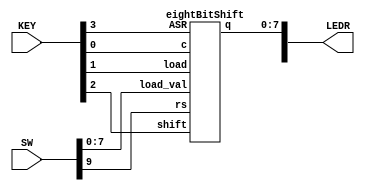
module Lab4Part3(LEDR, SW, KEY);
	input [9:0] SW;
	input [3:0] KEY;
	output [9:0] LEDR;
	
	eightBitShift eight(.q(LEDR[7:0]),
							  .load_val(SW[7:0]),
							  .ASR(KEY[3]),
							  .load(KEY[1]),
							  .shift(KEY[2]),
							  .c(KEY[0]),
							  .rs(SW[9])
							  );
endmodule

module eightBitShift(q, load_val, ASR, load, shift, c, rs);
	input [7:0] load_val;
	input ASR, load, shift, c, rs;
	output [7:0] q;
	wire wasr;
	
	mux2to1 whetherASR(.m(wasr), .x(1'b0), .y(q[7]), .s(ASR));
	
	shifter s7(.out(q[7]),
				  .LoadVal(load_val[7]),
				  .Load_n(load),
				  .ShiftRight(shift),
				  .in(wasr),
				  .clk(c),
				  .reset(rs)
				  );
				  
	shifter s6(.out(q[6]),
				  .LoadVal(load_val[6]),
				  .Load_n(load),
				  .ShiftRight(shift),
				  .in(q[7]),
				  .clk(c),
				  .reset(rs)
				  );
				  
	shifter s5(.out(q[5]),
				  .LoadVal(load_val[5]),
				  .Load_n(load),
				  .ShiftRight(shift),
				  .in(q[6]),
				  .clk(c),
				  .reset(rs)
				  );
				  
	shifter s4(.out(q[4]),
				  .LoadVal(load_val[4]),
				  .Load_n(load),
				  .ShiftRight(shift),
				  .in(q[5]),
				  .clk(c),
				  .reset(rs)
				  );
				  
	shifter s3(.out(q[3]),
				  .LoadVal(load_val[3]),
				  .Load_n(load),
				  .ShiftRight(shift),
				  .in(q[4]),
				  .clk(c),
				  .reset(rs)
				  );
				  
	shifter s2(.out(q[2]),
				  .LoadVal(load_val[2]),
				  .Load_n(load),
				  .ShiftRight(shift),
				  .in(q[3]),
				  .clk(c),
				  .reset(rs)
				  );
				  
	shifter s1(.out(q[1]),
				  .LoadVal(load_val[1]),
				  .Load_n(load),
				  .ShiftRight(shift),
				  .in(q[2]),
				  .clk(c),
				  .reset(rs)
				  );
				  
	shifter s0(.out(q[0]),
				  .LoadVal(load_val[0]),
				  .Load_n(load),
				  .ShiftRight(shift),
				  .in(q[1]),
				  .clk(c),
				  .reset(rs)
				  );
				  
endmodule

module shifter(out, LoadVal, Load_n, ShiftRight, in, clk, reset);
	input LoadVal, Load_n, ShiftRight, in, clk, reset;
	output out;
	
	wire wout1, wout2;
	mux2to1 shiftToRight(.m(wout1), .x(out), .y(in), .s(ShiftRight));
	mux2to1 loadn(.m(wout2), .x(LoadVal), .y(wout1), .s(Load_n));
	flip_flop fliflo(.q(out), .clock(clk), .d(wout2), .reset_n(reset));
endmodule

module mux2to1(m, x, y, s);
	input x; //selected when s is 0
   input y; //selected when s is 1
   input s; //select signal
   output m; //output
  
   assign m = s & y | ~s & x;
   // OR
   // assign m = s ? y : x;
endmodule

module flip_flop(q, clock, d, reset_n);
	input clock, d, reset_n;
	output q;
	reg q;
	
	always @(posedge clock)

	begin
		if (reset_n == 1'b0)
			q <= 8'b0000_0000;
		else
			q <= d;
	end
endmodule